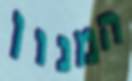
המנון